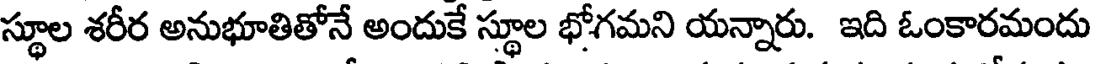
స్థూల శరీర అనుభూతితోనే అందుకే స్థూల భోగమని యన్నారు. ఇది ఓంకారమందు